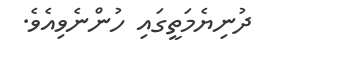
ދުނިޔެމަތީގައި ހުންނެވިއެވެ.